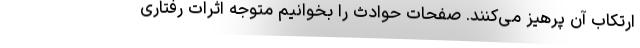
ارتکاب آن پرهیز می‌کنند. صفحات حوادث را بخوانیم متوجه اثرات رفتاری